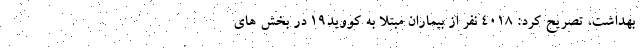
بهداشت، تصریح کرد: ۴۰۱۸ نفر از بیماران مبتلا به کووید۱۹ در بخش های